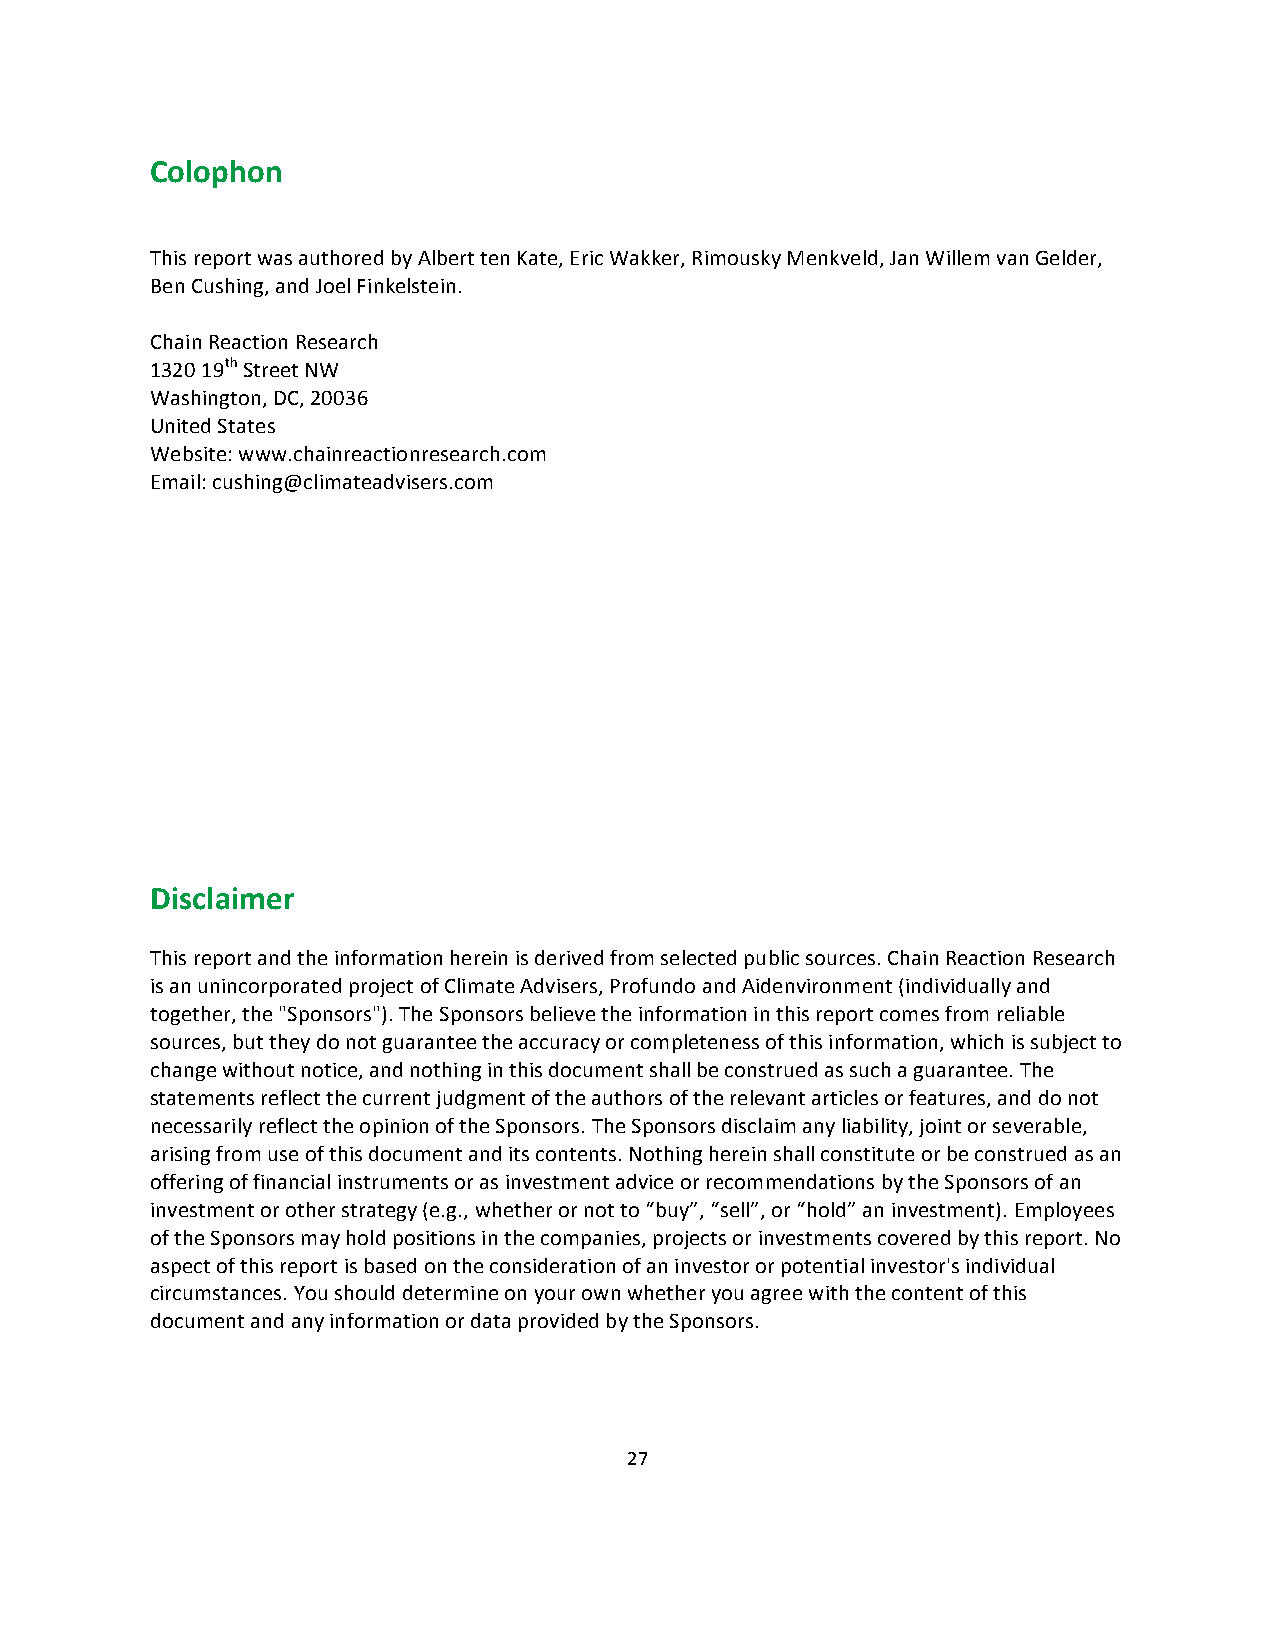
Colophon
 This report was authored by Albert ten Kate, Eric Wakker, Rimousky Menkveld, Jan Willem van Gelder,
 Ben Cushing, and Joel Finkelstein.
 Chain Reaction Research
 1320 19th Street NW
 Washington, DC, 20036
 United States
 Website: www.chainreactionresearch.com
 Email: cushing@climateadvisers.com
 Disclaimer
 This report and the information herein is derived from selected public sources. Chain Reaction Research
 is an unincorporated project of Climate Advisers, Profundo and Aidenvironment (individually and
 together, the "Sponsors"). The Sponsors believe the information in this report comes from reliable
 sources, but they do not guarantee the accuracy or completeness of this information, which is subject to
 change without notice, and nothing in this document shall be construed as such a guarantee. The
 statements reflect the current judgment of the authors of the relevant articles or features, and do not
 necessarily reflect the opinion of the Sponsors. The Sponsors disclaim any liability, joint or severable,
 arising from use of this document and its contents. Nothing herein shall constitute or be construed as an
 offering of financial instruments or as investment advice or recommendations by the Sponsors of an
 investment or other strategy (e.g., whether or not to “buy”, “sell”, or “hold” an investment). Employees
 of the Sponsors may hold positions in the companies, projects or investments covered by this report. No
 aspect of this report is based on the consideration of an investor or potential investor's individual
 circumstances. You should determine on your own whether you agree with the content of this
 document and any information or data provided by the Sponsors.
 27